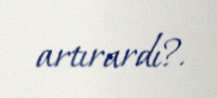
artırardı?.